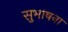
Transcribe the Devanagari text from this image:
सुभाषना